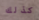
كذلك